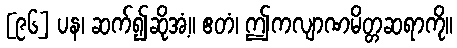
[၉၆] ပန၊ ဆက်၍ဆိုအံ့။ ဧတံ၊ ဤကလျာဏမိတ္တဆရာကို။